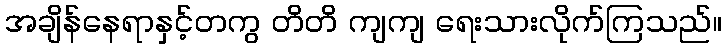
အချိန်နေရာနှင့်တကွ တိတိ ကျကျ ရေးသားလိုက်ကြသည်။